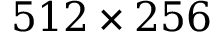
5 1 2 \times 2 5 6